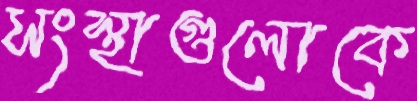
সংস্থাগুলোকে